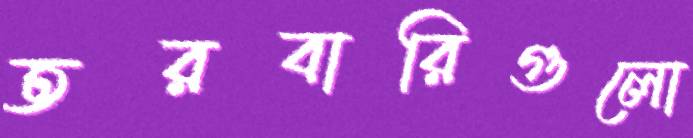
তরবারিগুলো